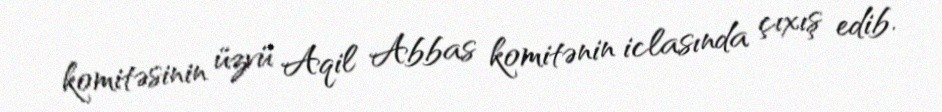
komitəsinin üzvü Aqil Abbas komitənin iclasında çıxış edib.